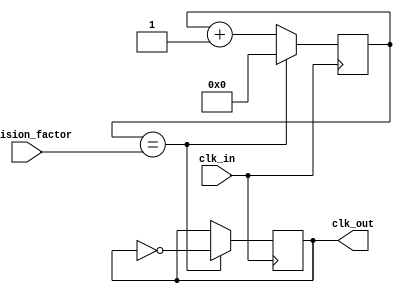
module ripple_counter_clock_divider (
    input wire clk_in,
    input wire [3:0] division_factor,
    output reg clk_out
);

reg [3:0] count;

always @(posedge clk_in) begin
    if (count == division_factor) begin
        count <= 0;
        clk_out <= ~clk_out;
    end else begin
        count <= count + 1;
    end
end

endmodule